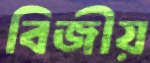
বিজীয়